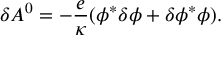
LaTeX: \delta A ^ { 0 } = - { \frac { e } { \kappa } } ( \phi ^ { * } \delta \phi + \delta \phi ^ { * } \phi ) .